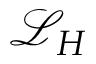
\mathcal { L } _ { H }